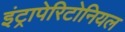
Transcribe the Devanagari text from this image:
इंट्रापेरिटोनियल